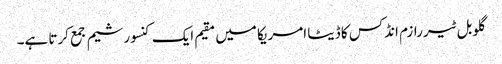
گلوبل ٹیررازم انڈکس کا ڈیٹا امریکا میں مقیم ایک کنسورشیم جمع کرتا ہے۔